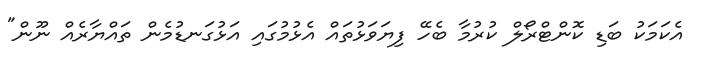
އެކަމަކު ބަޑި ކޮންޓްރޯލް ކުރުމާ ބެހޭ ފިޔަވަޅުތައް އެޅުމުގައި އަޅުގަނޑުމެން ތައްޔާރެއް ނޫން"